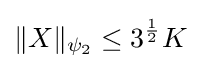
\|X\|_{\psi _{2}}\leq 3^{\frac {1}{2}}K